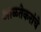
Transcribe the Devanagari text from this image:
आळतेकरांचे